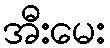
အီးမေး